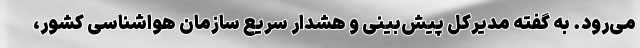
می‌رود. به گفته مدیرکل پیش‌بینی و هشدار سریع سازمان هواشناسی کشور،